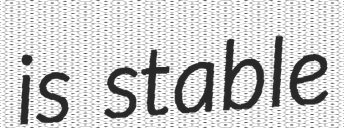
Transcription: is stable